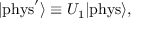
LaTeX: | \mathrm { { p h y s } } ^ { \prime } \rangle \equiv U _ { 1 } | { \mathrm { p h y s } } \rangle ,